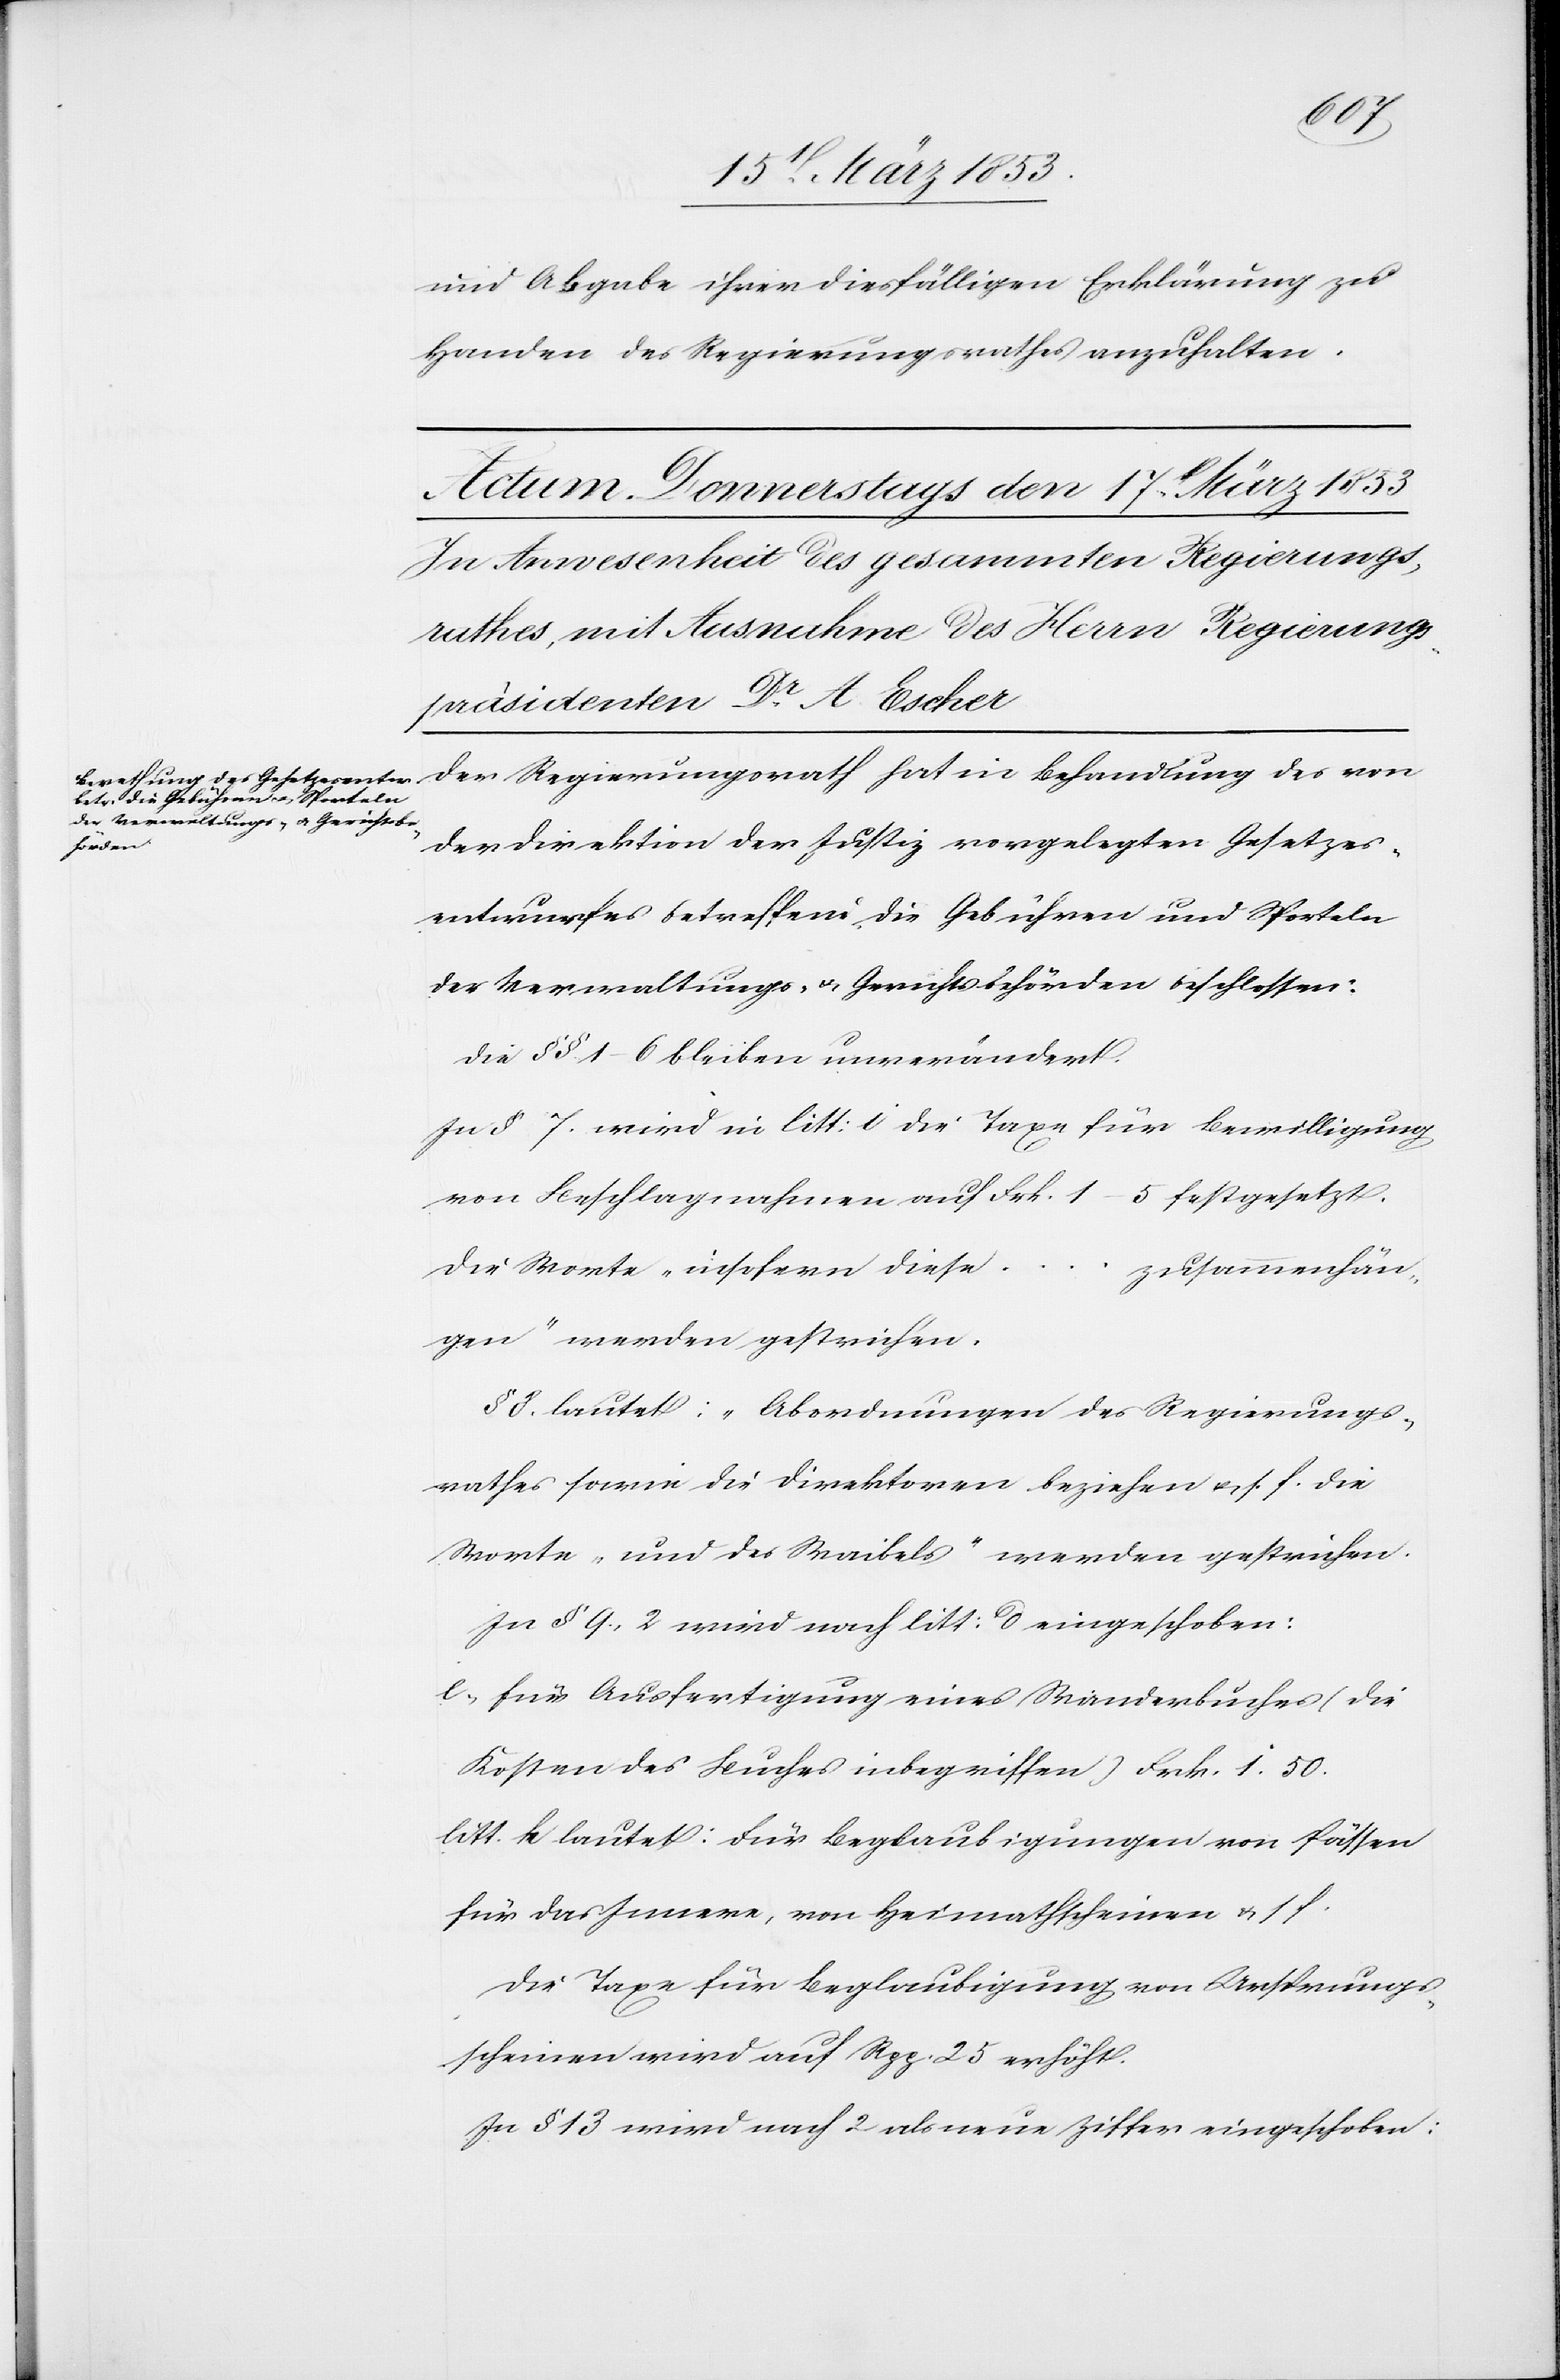
und Abgabe ihrer diesfälligen Erklärung zu
Handen des Regierungsrathes anzuhalten.
der Direktion der Justiz vorgelegten Gesetzes¬
entwurfes betreffend die Gebühren und Sporteln
der Verwaltungs- u. Gerichtsbehörden beschlossen:
Die §§ 1–6 bleiben unverändert.
In § 7 wird in litt. c die Taxe für Bewilligung
von Beschlagnahme auf Frk. 1–5 festgesetzt.
Die Worte „insofern dies¬
e…zusammenhän¬
gen“ werden gestrichen.
§ 8 lautet: „Abordnungen des Regierungs¬
rathes sowie die Direktoren beziehen u. s. f.[“] die
Worte „und des Waibels“ werden gestrichen.
In § 9., 2 wird nach litt: d eingeschoben:
c., für Ausfertigung eines Wanderbuches (die
Kosten des Buches inbegriffen) Frk. 1. 50.
litt k lautet: Für Beglaubigungen von Pässen
für das Innere, von Heimathscheinen u. s. f.
Die Taxe für Beglaubigung von Untersuchungs¬
scheinen wird auf Rpp. 25 erhöht.
In § 13 wird nach 2 als neue Ziffer eingeschoben: